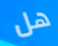
هل